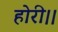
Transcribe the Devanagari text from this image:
होरी।।